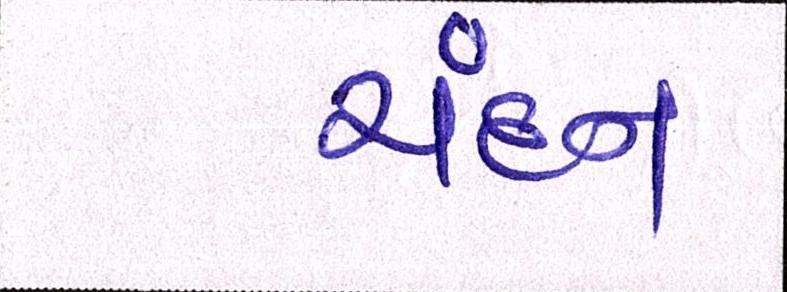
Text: ચંદન